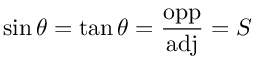
\sin \theta = \tan \theta = { \frac { \mathrm { o p p } } { \mathrm { a d j } } } = S